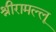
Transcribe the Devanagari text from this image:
श्रीरामल्लू